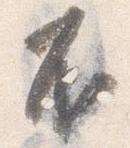
不